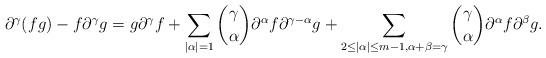
LaTeX: \begin{align*}\partial^{\gamma} (fg) - f \partial^{\gamma} g =g \partial^{\gamma} f +\sum_{|\alpha|=1} \binom{\gamma}{\alpha}\partial^{\alpha} f \partial^{\gamma-\alpha} g + \sum_{2\le |\alpha|\le m-1, \alpha+\beta=\gamma} \binom{\gamma}{\alpha} \partial^{\alpha} f \partial^{\beta} g.\end{align*}